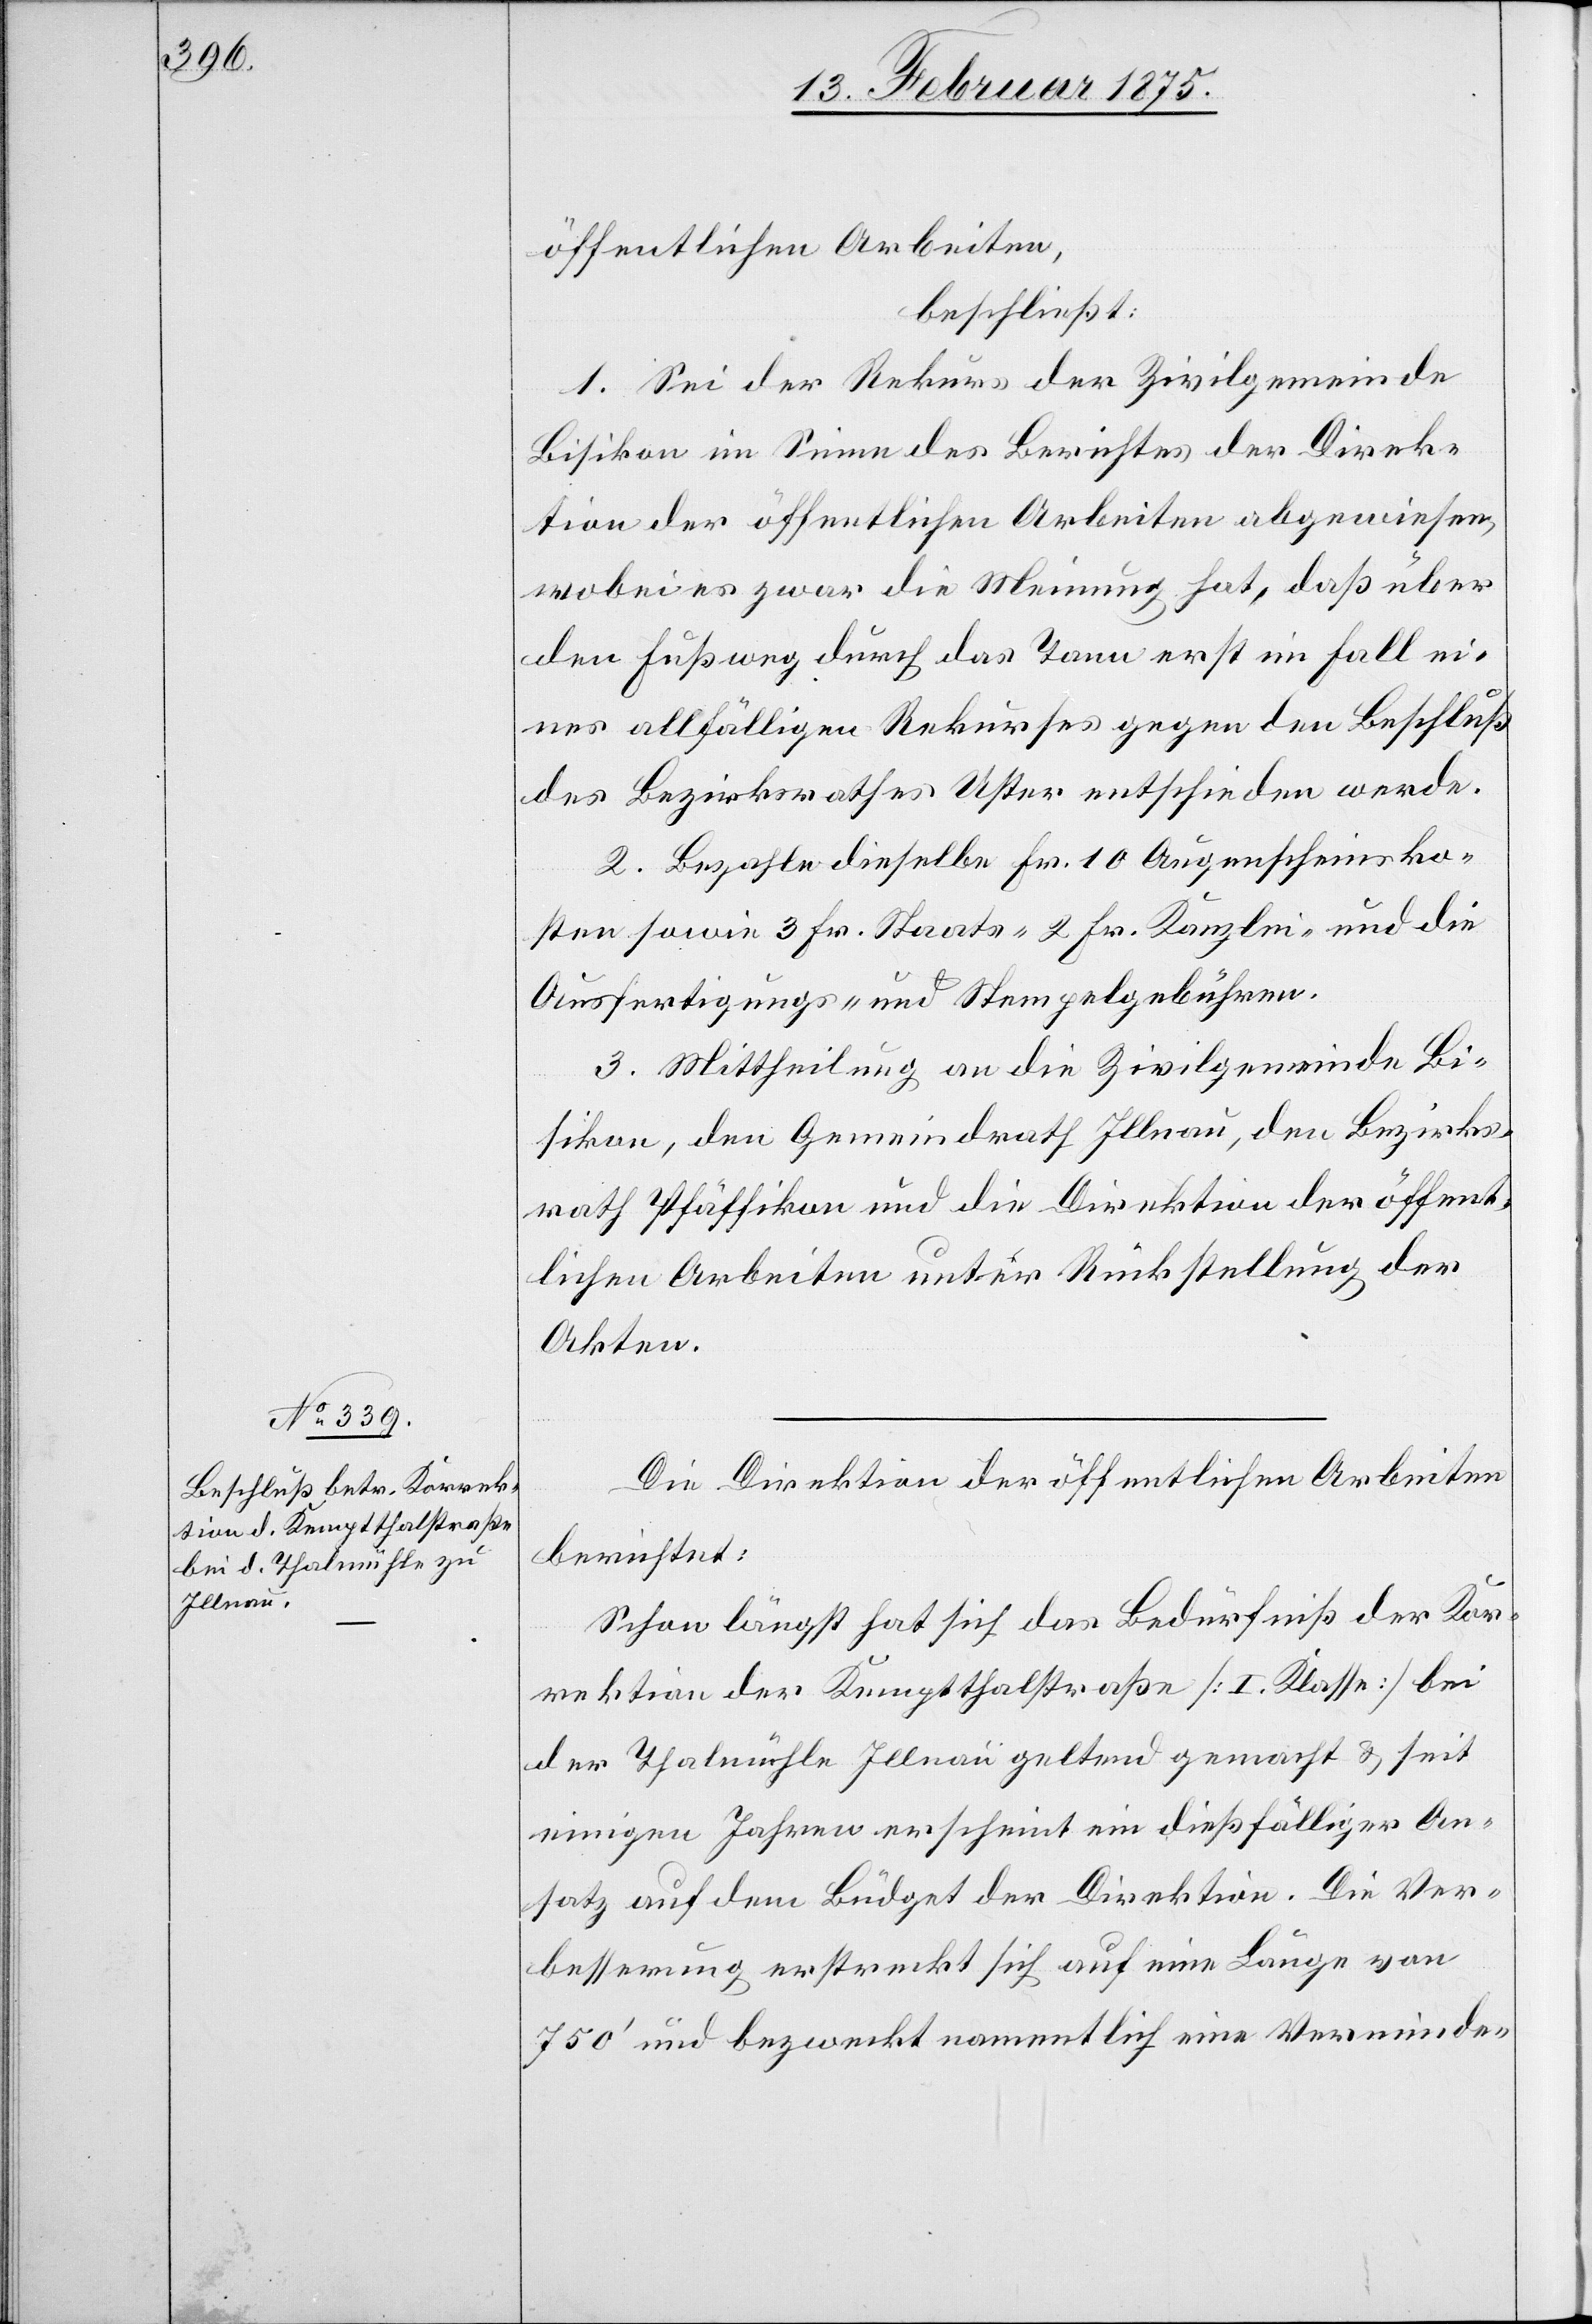
öffentlichen Arbeiten,
beschließt:
1. Sei der Rekurs der Zivilgemeinde
Bisikon im Sinne des Berichtes der Direk¬
tion der öffentlichen Arbeiten abgewiesen,
wobei es zwar die Meinung hat, daß über
den Fußweg durch das Tann erst im Fall ei¬
nes allfälligen Rekurses gegen den Beschluß
des Bezirksrathes Uster entschieden werde.
2. Bezahle dieselbe Fr. 10 Augenscheinsko¬
sten sowie 3 Fr. Staats-[,] 2 Fr. Kanzlei- und die
Ausfertigungs- und Stempelgebühren.
3. Mittheilung an die Zivilgemeinde Bi¬
sikon, den Gemeindrath Illnau, den Bezirks¬
rath Pfäffikon und die Direktion der öffent¬
lichen Arbeiten unter Rückstellung der
Akten.
Die Direktion der öffentlichen Arbeiten
berichtet:
Schon längst hat sich das Bedürfniß der Kor¬
rektion der Kemptthalstraße (I. Klasse) bei
der Thalmühle Illnau geltend gemacht & seit
einigen Jahren erscheint ein diesfälliger An¬
satz auf dem Büdget der Direktion. Die Ver¬
besserung erstreckt sich auf eine Länge von
750‘ und bezweckt namentlich eine Verminde-